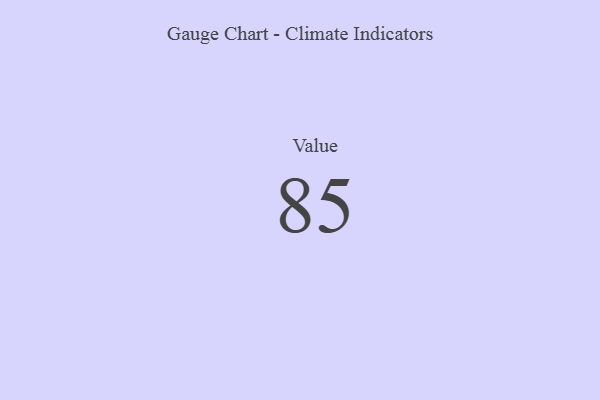
{"axis": {"x": "Metric", "y": "Value"}, "legend": [""], "data": [{"x": "Value", "y": 85, "type": ""}]}